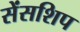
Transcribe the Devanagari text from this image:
सेंसशिप